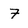
Character: 7